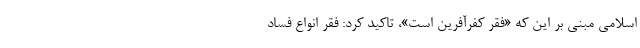
اسلامی مبنی بر این که «فقر کفرآفرین است»، تاکید کرد: فقر انواع فساد